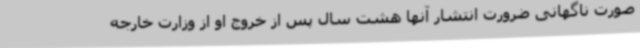
صورت ناگهانی ضرورت انتشار آنها هشت سال پس از خروج او از وزارت خارجه